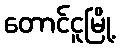
တောင်ငူမြို့